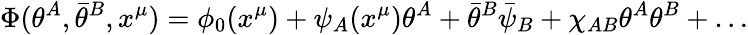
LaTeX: \Phi(\theta^{A},\bar{\theta}^{B},x^{\mu})=\phi_{0}(x^{\mu})+\psi_{A}(x^{\mu})\theta^{A}+\bar{\theta}^{B}\bar{\psi}_{B}+\chi_{AB}\theta^{A}\theta^{B}+\ldots